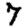
Digit: 7